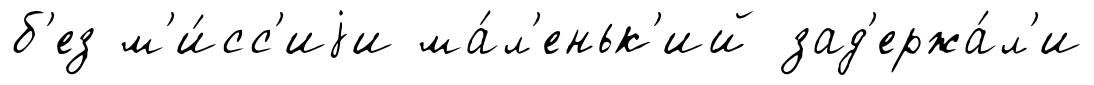
б'ез м'и́сс'иjи ма́л'еньк'ий зад'ержа́л'и